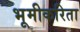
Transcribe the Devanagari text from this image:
भूमीकरिता